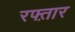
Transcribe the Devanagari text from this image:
रफ्त़ार